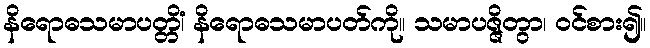
နိရောဓသမာပတ္တိံ၊ နိရောဓသမာပတ်ကို။ သမာပဇ္ဇိတွာ၊ ဝင်စား၍။